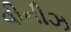
વીનીઝ